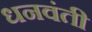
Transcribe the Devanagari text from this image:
धनवंती